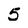
Character: 5